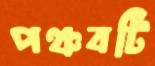
পঞ্চবটি